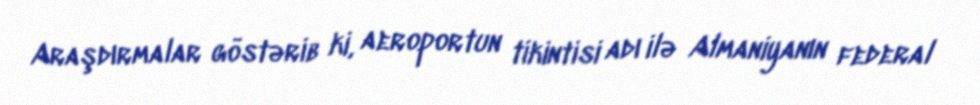
Araşdırmalar göstərib ki, aeroportun tikintisi adı ilə Almaniyanın federal